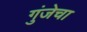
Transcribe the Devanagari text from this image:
गुंजेचा